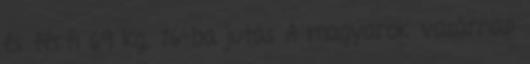
és férfi 69 kg, 16-ba jutás A magyarok vasárnap